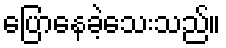
ပြောနေခဲ့သေးသည်။